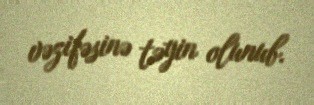
vəzifəsinə təyin olunub.